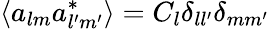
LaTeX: \langle a_{lm}a_{l^{\prime}m^{\prime}}^{*}\rangle=C_{l}\delta_{ll^{\prime}}\delta_{mm^{\prime}}